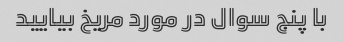
با پنج سوال در مورد مریخ بیایید